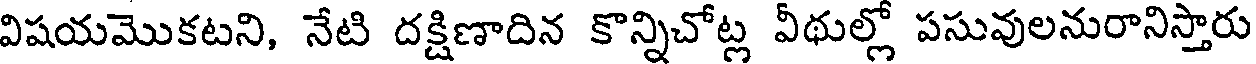
విషయమొకటని, నేటి దక్షిణాదిన కొన్నిచోట్ల వీథుల్లో పసువులనురానిస్తారు